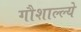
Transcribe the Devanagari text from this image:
गौशाल्ल्ये